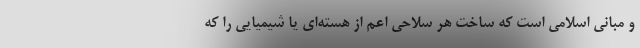
و مبانی اسلامی است که ساخت هر سلاحی اعم از هسته‌ای یا شیمیایی را که